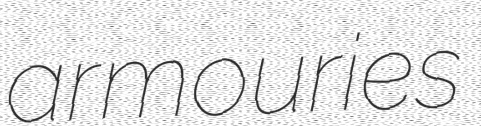
armouries